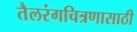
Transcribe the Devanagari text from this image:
तैलरंगचित्रणासाठी